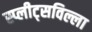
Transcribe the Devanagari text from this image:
स्प्लीट्सविल्ला